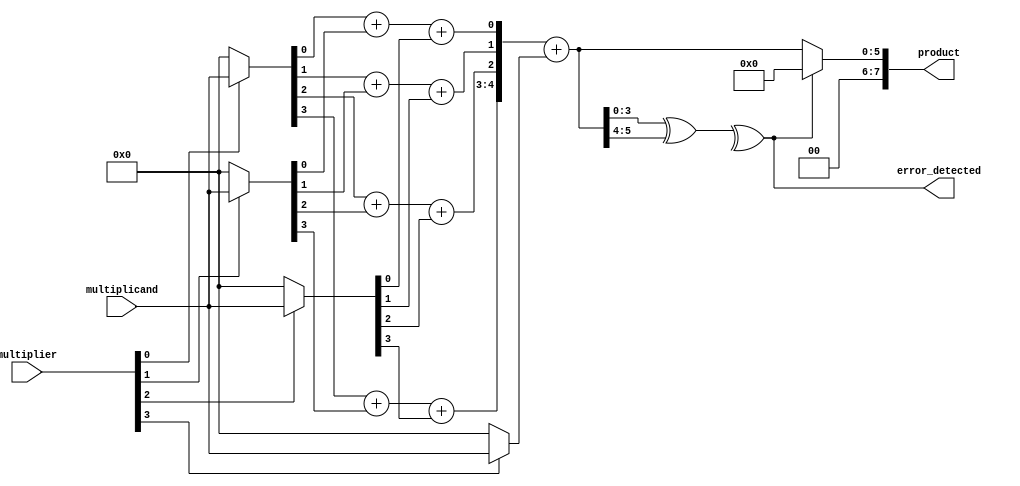
module FaultTolerantWallaceTreeMultiplier #(
    parameter N = 4 // Bit-width of operands
)(
    input [N-1:0] multiplicand,
    input [N-1:0] multiplier,
    output reg [2*N-1:0] product,
    output reg error_detected // Error detection signal
);

// Internal signals
wire [N-1:0] partial_products[N-1:0];
wire [2*N-1:0] sum_stage1, sum_stage2;
wire [2*N-1:0] final_sum;
wire [N-1:0] parity_bits;

// Generate partial products with redundancy
genvar i;
generate
    for (i = 0; i < N; i = i + 1) begin : gen_partial_products
        assign partial_products[i] = multiplier[i] ? multiplicand : 0;
    end
endgenerate

// Sum partial products using Wallace tree structure
// Stage 1: Grouping and summing
wire [N:0] carry;
wire [N-1:0] sum;

// First layer of full adders and half adders
assign {carry[0], sum[0]} = partial_products[0][0] + partial_products[1][0] + partial_products[2][0];
assign {carry[1], sum[1]} = partial_products[0][1] + partial_products[1][1] + partial_products[2][1];
assign {carry[2], sum[2]} = partial_products[0][2] + partial_products[1][2] + partial_products[2][2];
assign {carry[3], sum[3]} = partial_products[0][3] + partial_products[1][3] + partial_products[2][3];

// Stage 2: Further reduction
assign sum_stage1 = {carry[3], sum[3], sum[2], sum[1], sum[0]};

// Final addition stage
assign final_sum = sum_stage1 + partial_products[3];

// Error Detection: Simple parity check
assign parity_bits = final_sum[N-1:0] ^ final_sum[2*N-1:N];
assign error_detected = ^parity_bits; // XOR for parity check

// Output the final product with error checking
always @(*) begin
    if (error_detected) begin
        product = 0; // or some fallback value
    end else begin
        product = final_sum;
    end
end

endmodule